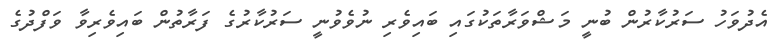
އެދުވަހު ސަރުކާރުން ބުނީ މަޝްވަރާތަކުގައި ބައިވެރި ނުވެވުނީ ސަރުކާރުގެ ފަރާތުން ބައިވެރިވާ ވަފްދުގެ